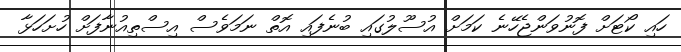
ހައި ކޯޓަށް ފޮނުވަންޖެހޭނެ ކަމަށް އުސޫލުގައި ބުނެފައި އޮތް ނަމަވެސް އިސްތިއުނާފަށް ހުށަހަޅާ